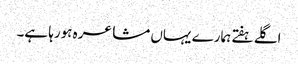
اگلے ہفتے ہمارے یہاں مشاعرہ ہورہا ہے۔